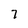
Character: 7